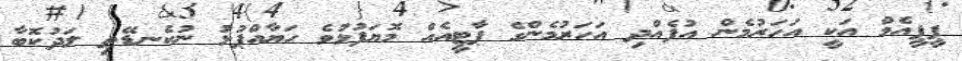
ޕީޕީއެމް އަކީ އަހަރުމެން އުފެއްދި އަހަރުމެންގެ ޕާޓީއެއް މޮޔަފުޅުވެ ހަޔާއްޕުޅު ނުކެނޑޭތި ލަދުކޮބާ